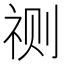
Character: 𮵛